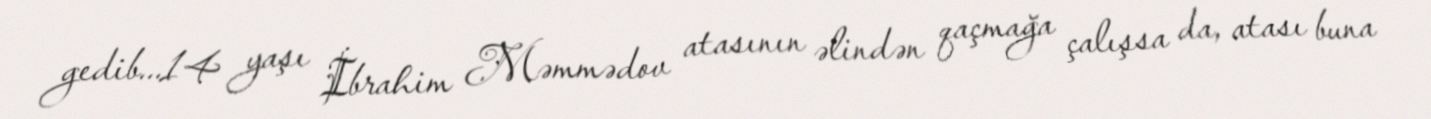
gedib...14 yaşı İbrahim Məmmədov atasının əlindən qaçmağa çalışsa da, atası buna